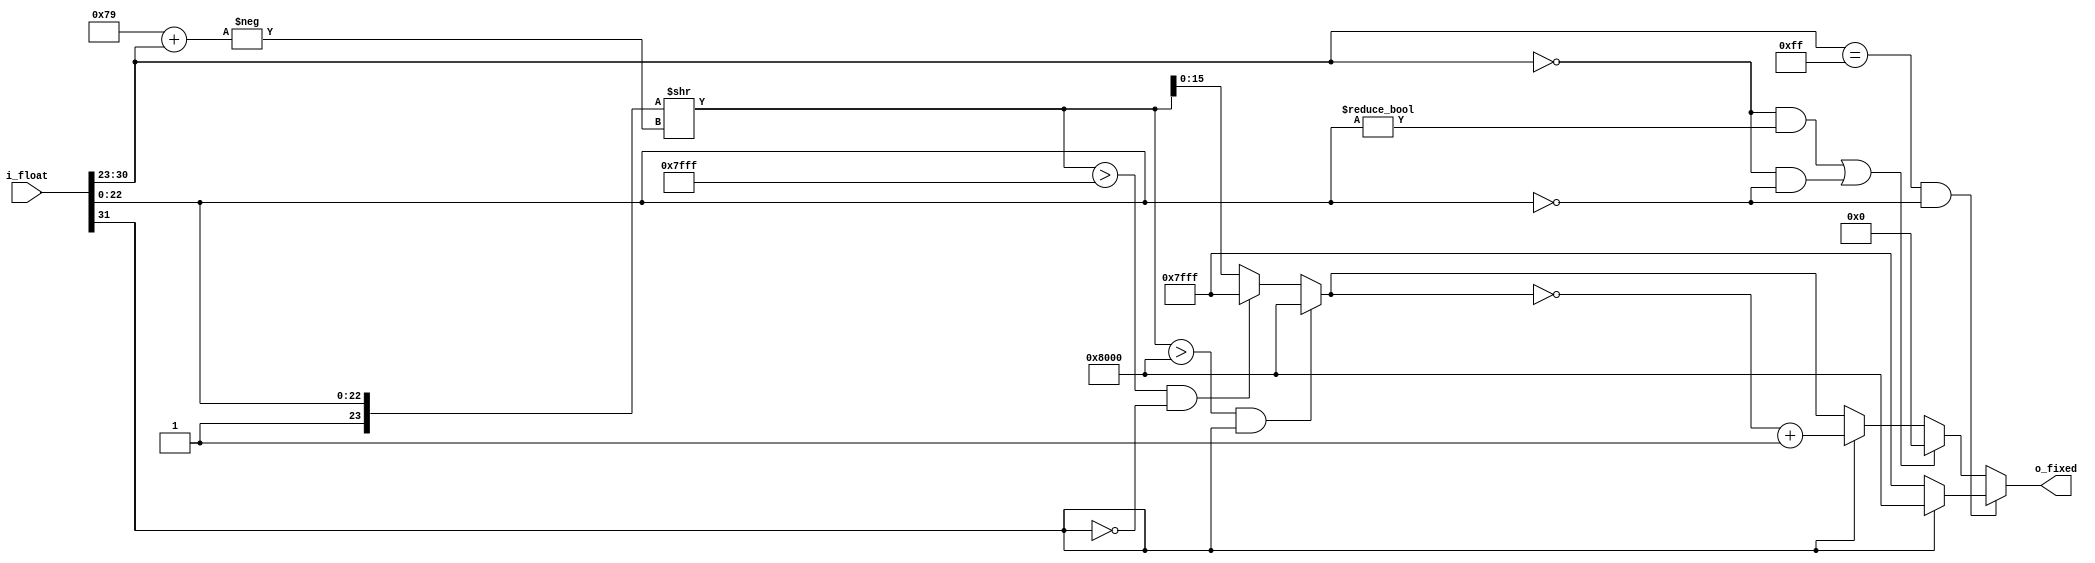
//
// Copyright 2013 Ettus Research LLC
// Copyright 2018 Ettus Research, a National Instruments Company
//
// SPDX-License-Identifier: LGPL-3.0-or-later
//

module xxf_to_xxs
#(
  parameter FBITS = 32,               // # of bits for the float
  parameter integer QWIDTH = 16       // # of bits in total, e.g. 16 for a Q15
)
(
  input      [FBITS-1:0]   i_float,
  output reg [QWIDTH-1:0]  o_fixed
);

  // # of bits for the mantissa
  parameter MBITS = 23;

  // # of bits for the exponent
  parameter integer EBITS = 8;

  // # of fractional bits, e.g. 15 for Q15
  parameter integer RADIX = 15;

  // the bias for the exponent
  parameter integer BIAS = (1 << EBITS -1) - 1;

  // the min/max values displayable in Qx.x format
  parameter integer MIN = 1 << RADIX;
  parameter integer MAX = (1 << RADIX) - 1;

  parameter integer SDIFF = RADIX - MBITS - BIAS;

  // Dissect the IEEE 754 float
  wire             is_neg   = i_float[FBITS-1];
  wire [EBITS-1:0] exponent = i_float[MBITS+EBITS-1:MBITS];
  wire [MBITS-1:0] mantissa = i_float[MBITS-1:0];

  // check for +/- zero
  wire is_zero    = (exponent == 'h0) && (mantissa == 'h0);

  // check for normal / denormalized
  wire is_denorm  = (exponent == 'h0) && (mantissa != 'h0);
  wire is_norm    = !is_denorm;

  // check for infty TODO: parametrize!
  wire is_inf     = (exponent == 'hff) && (mantissa == 'h0);

  // check for NaN TODO: parametrize!
  wire is_nan     = (exponent == 'hff) && (mantissa != 'h0);

  // calculate shift
  wire signed [EBITS-1:0] shift = $signed(SDIFF[EBITS-1:0])
                                + $signed(exponent);

  wire [FBITS-1:0] shifted_mant = (shift < 0) ?
                                  {1'b1, mantissa} >> -shift
                                : {1'b1, mantissa} >> -shift;

  // if shifted value cannot be displayed by Q15 numbers, truncate to MAX/MIN
  wire [QWIDTH-1:0] sat_mant    = (shifted_mant > 16'h8000 && is_neg) ?
                                  MIN
                                : (shifted_mant > 16'h7fff && !is_neg) ?
                                  MAX : shifted_mant;

  always @(*) begin
    if (is_inf)
      o_fixed = (is_neg) ? MIN : MAX;
    else if (is_denorm || is_zero)
      o_fixed = 16'h0;
    else begin
      o_fixed = (is_neg) ? ~sat_mant + 1 : sat_mant;
    end
  end
endmodule